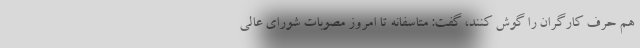
هم حرف کارگران را گوش کنند، گفت: متاسفانه تا امروز مصوبات شورای عالی